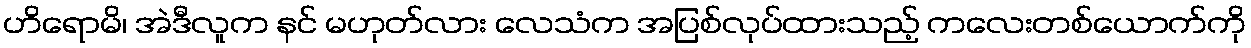
ဟိရောမိ၊ အဲဒီလူက နင် မဟုတ်လား လေသံက အပြစ်လုပ်ထားသည့် ကလေးတစ်ယောက်ကို